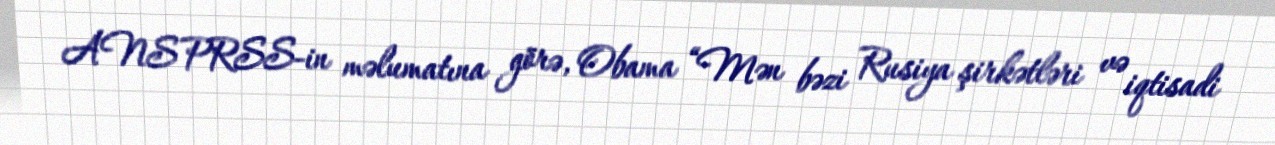
ANS PRSS-in məlumatına görə, Obama “Mən bəzi Rusiya şirkətləri və iqtisadi